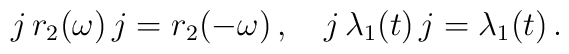
j\,r_2(\omega)\,j= r_2(-\omega)\,,\quad j\,\lambda_1(t)\,j= \lambda_1(t)\,.